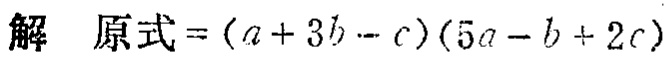
解 原式\(=(a + 3b - c)(5a - b + 2c)\)